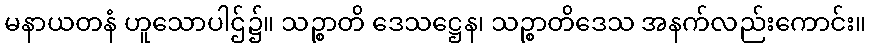
မနာယတနံ ဟူသောပါဌ်၌။ သဉ္စာတိ ဒေသဋ္ဌေန၊ သဉ္စာတိဒေသ အနက်လည်းကောင်း။